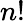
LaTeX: n!